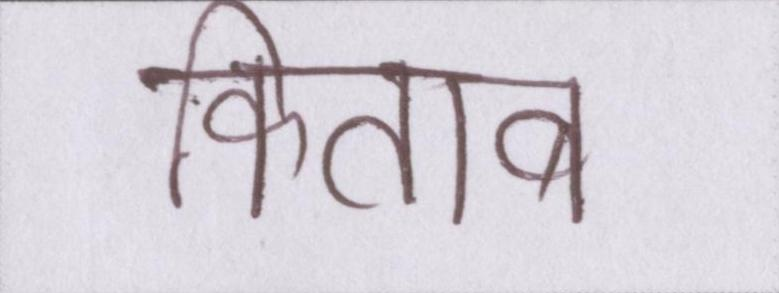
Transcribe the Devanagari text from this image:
किताब